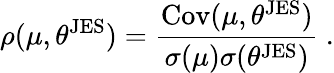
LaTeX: \rho(\mu,\theta^{\mathrm{JES}})=\frac{\operatorname{Cov}(\mu,\theta^{\mathrm{JES}})}{\sigma(\mu)\sigma(\theta^{\mathrm{JES}})}~.